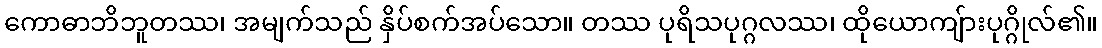
ကောဓာဘိဘူတဿ၊ အမျက်သည် နှိပ်စက်အပ်သော။ တဿ ပုရိသပုဂ္ဂလဿ၊ ထိုယောကျ်ားပုဂ္ဂိုလ်၏။